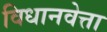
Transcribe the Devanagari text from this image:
विधानवेत्ता